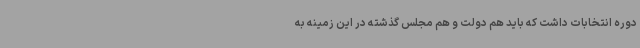
دوره انتخابات داشت که باید هم دولت و هم مجلس گذشته در این زمینه به